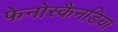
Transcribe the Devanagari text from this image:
फेनोस्कैनडिया